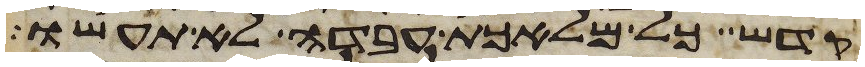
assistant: קדש כל מלאכת עבדה לא תעשו